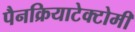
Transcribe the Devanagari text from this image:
पैनक्रियाटेक्टोमी